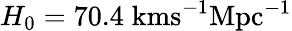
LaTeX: H_{0}=70.4\; \mathrm{kms^{-1}Mpc^{-1}}